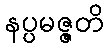
နပ္ပမဇ္ဇတိ